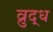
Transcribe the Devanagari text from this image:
व्रुद्ध